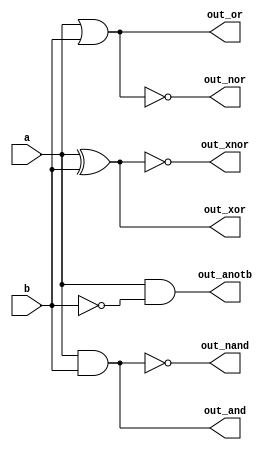
// Statement
// Ok, let's try building several logic gates at the same time. Build a combinational circuit with two inputs, a and b.

// There are 7 outputs, each with a logic gate driving it:

// out_and: a and b
// out_or: a or b
// out_xor: a xor b
// out_nand: a nand b
// out_nor: a nor b
// out_xnor: a xnor b
// out_anotb: a and-not b


// Solution
module top_module( 
    input a, b,
    output out_and,
    output out_or,
    output out_xor,
    output out_nand,
    output out_nor,
    output out_xnor,
    output out_anotb
);
    and(out_and, a, b);
    or(out_or, a, b);
    xor(out_xor, a, b);
    nand(out_nand, a, b);
    nor(out_nor, a, b);
    xnor(out_xnor, a, b);
    assign out_anotb = a && ~b;

endmodule